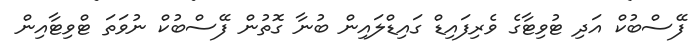
ފޭސްބުކް އަދި ޓުވިޓާގެ ވެރިފައިޑް ގައިޑްލައިން ބުނާ ގޮތުން ފޭސްބުކް ނުވަތަ ޓްވިޓާއިން